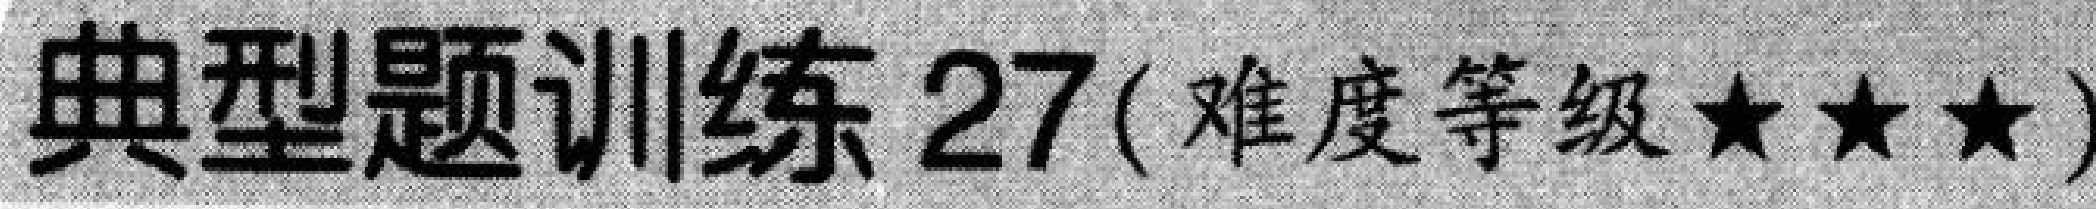
典型题训练 \(27\)(难度等级\(★★★\))